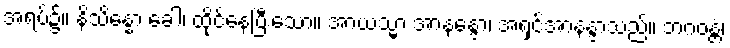
အရပ်၌။ နိသိန္နော ခေါ၊ ထိုင်နေပြီးသော။ အာယသ္မာ အာနန္ဒော၊ အရှင်အာနန္ဒာသည်။ ဘဂဝန္တံ၊